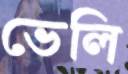
ভেলি